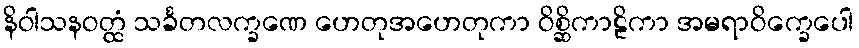
နိဝါသနဝတ္ထံ သင်္ခတလက္ခဏေ ဟေတုအဟေတုကာ ဝိစ္ဆိကာဠိကာ အမရာဝိက္ခေပေါ